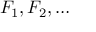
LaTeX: F _ { 1 } , F _ { 2 } , \dots